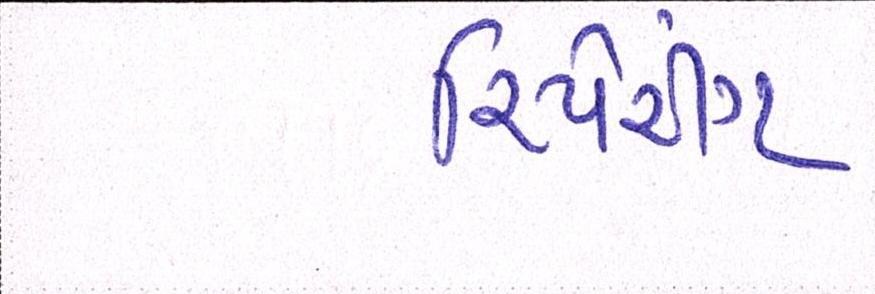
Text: રિપેરીંગ